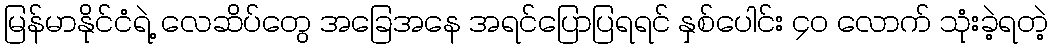
မြန်မာနိုင်ငံရဲ့ လေဆိပ်တွေ အခြေအနေ အရင်ပြောပြရရင် နှစ်ပေါင်း ၄၀ လောက် သုံးခဲ့ရတဲ့